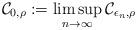
LaTeX: \begin{align*} \mathcal{C}_{0, \rho} := \limsup_{n\to \infty} \mathcal{C}_{\epsilon_n, \rho}\end{align*}